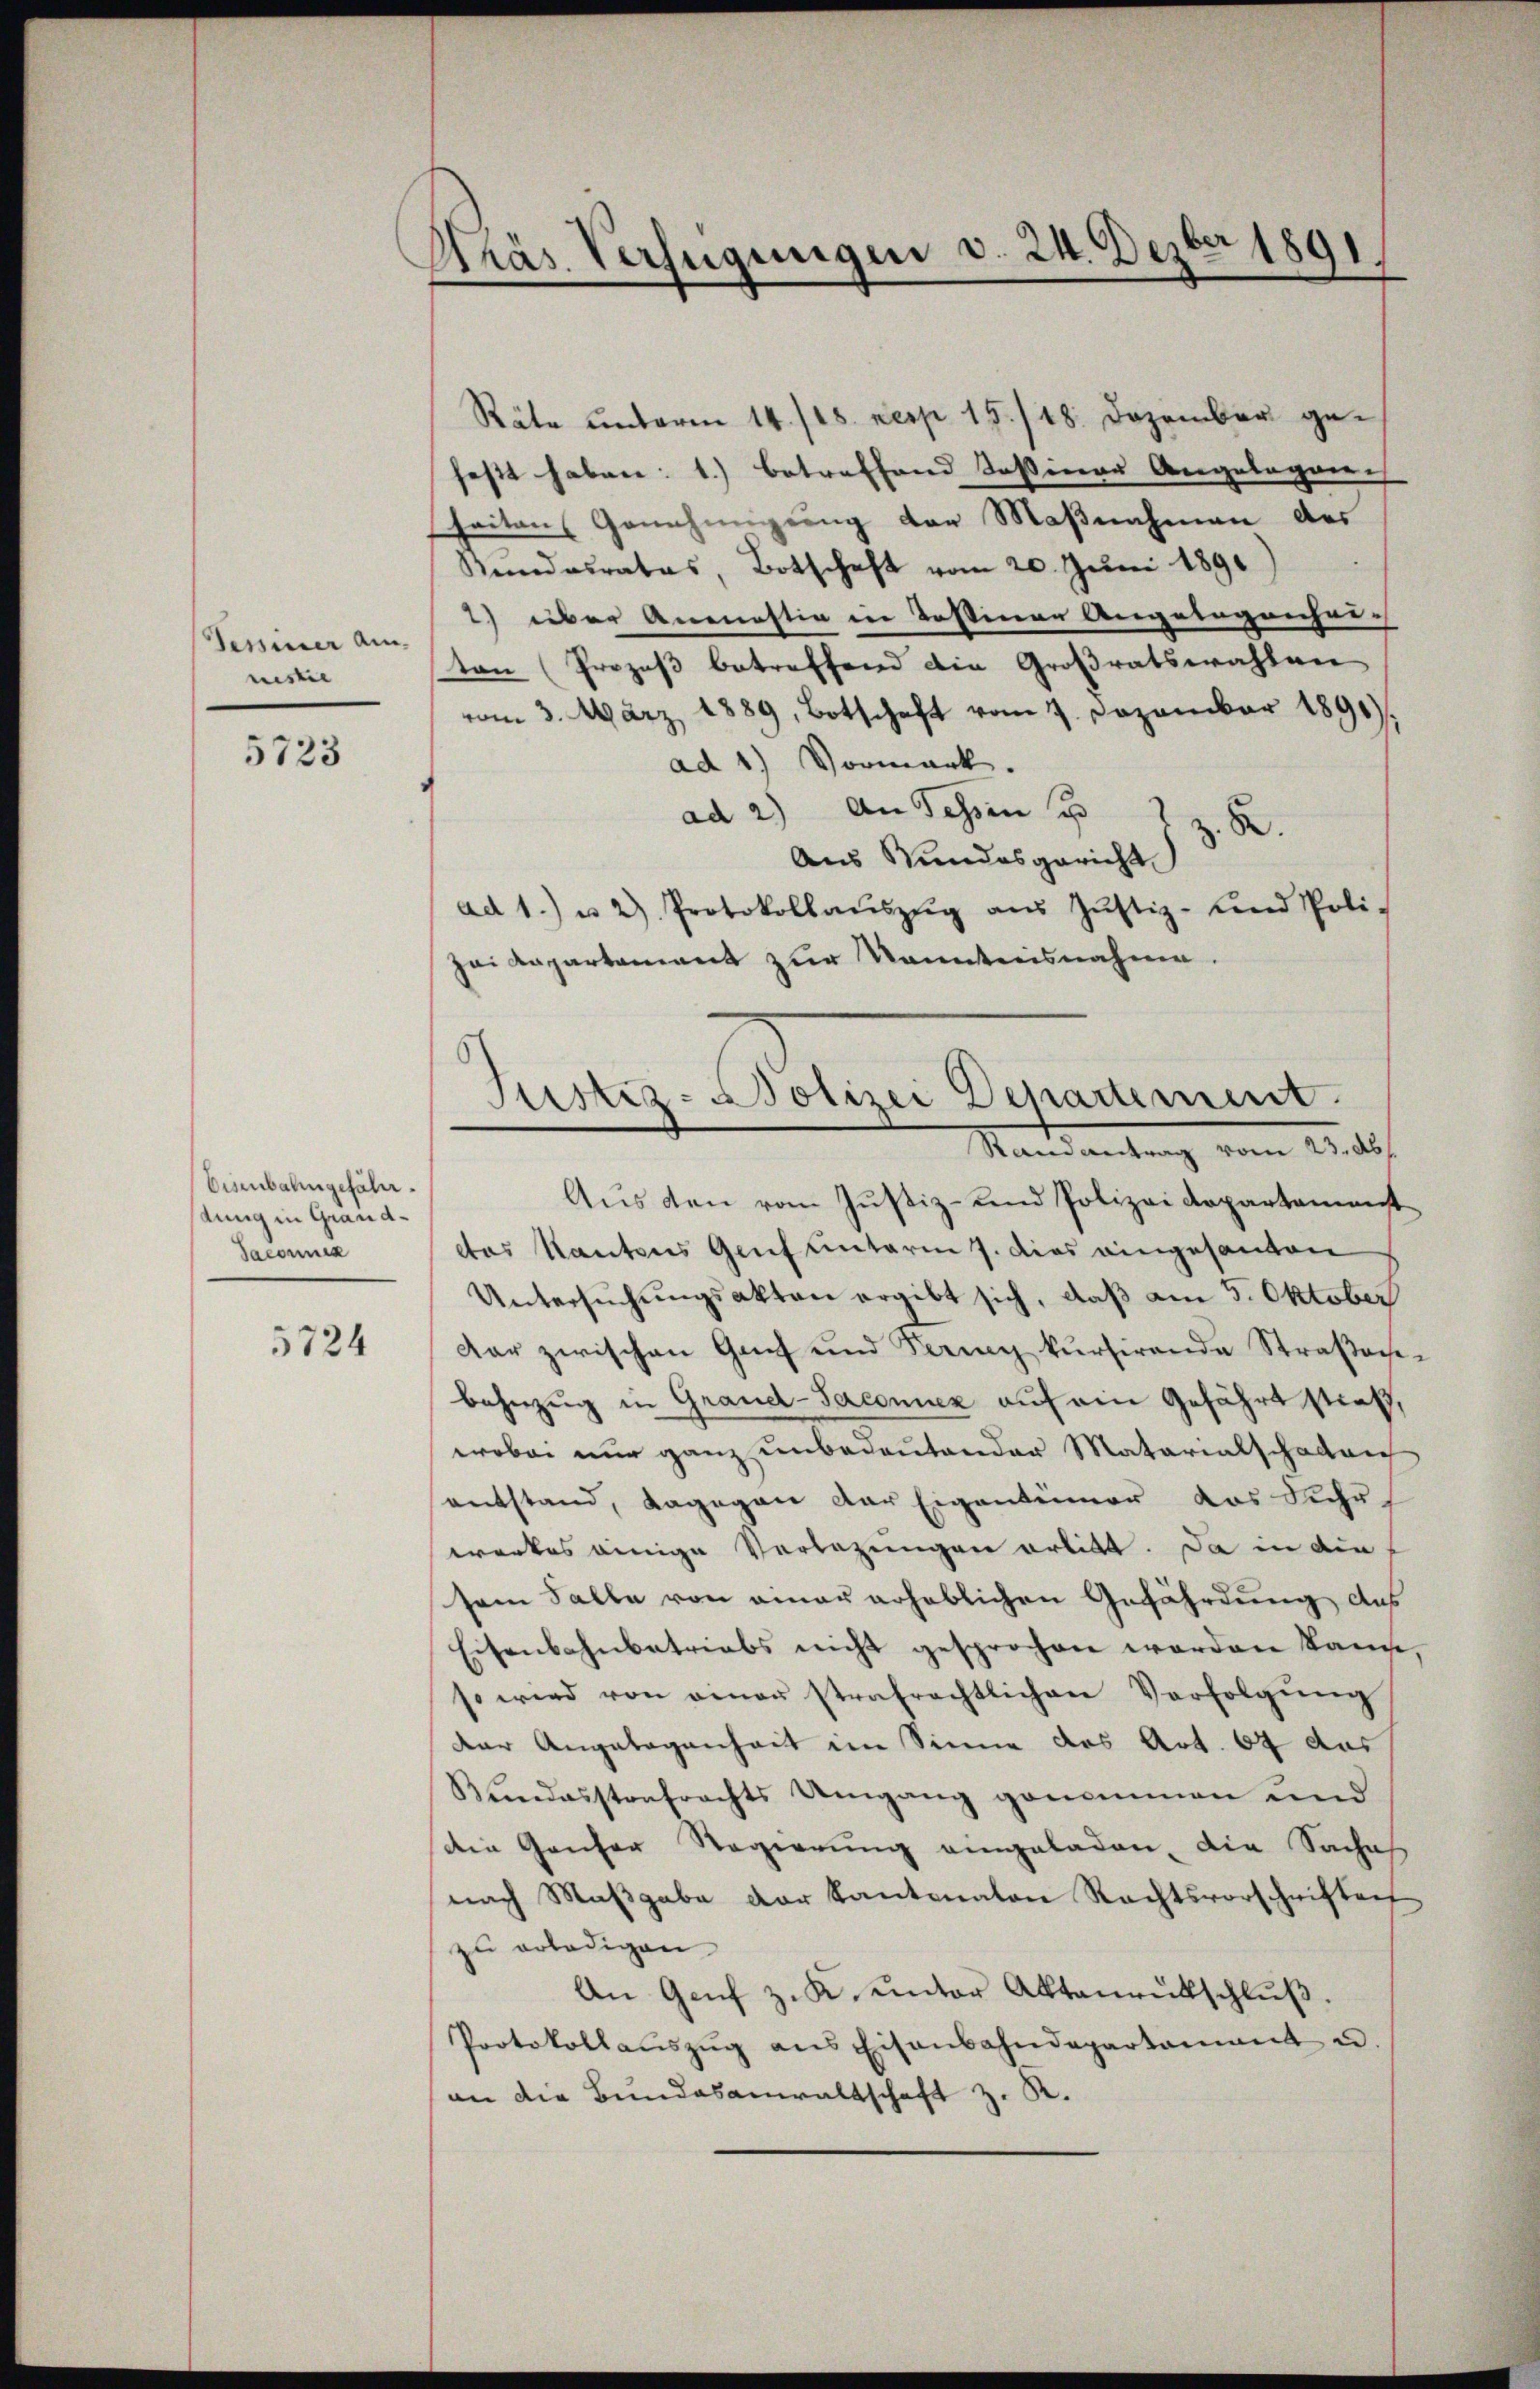
Tessiner Am
mistie

5723

Eisenbahngefährdung in Grand¬
Sacomnes

5724

Präs. Verfügungen d. 24. Dezbr 1891.

Räte unterm 14. /18. resp. 15./18. Dezember gefest haben: 1.) betreffend Teßiner Angelegung
seiten Genehmigung der Maßnahmen des
Kundesrates, Botschaft vom 20. Juni 1891
2) über Anmastia in Testiner Angelegenher-
ton (Prozeß betreffend die Großratswahlen
vom 3. März 1889, Botschaft vom 1. Dezember 1891
ad 1) Vormerk.
ad 2) An Schen u
B.
Aus Stundesgericht
ad 1. u 2) Protokollaŭszŭg aŭs Jŭstiz-Land Poli-
Zei Kapartement zur Kenntnisnahme.
Mandantung vom 2.
Aus den vom Justiz- und Polizei Departamenst
dtes Kantons Genf unterm 7. dies eingesanten
Untersuchungsakten ergibt sich, daß am 5. Oktober
dar zwischen Gant und Ferny kŭrsirende Straβache-
bahnzug in Grand-Saconuez auf ein Gefährt stieß,
wobei nur ganz unbedeutender Materialschaden
entstand, dagegen der Eigentümer das Jahr
werkes einige Verlegungen erlitt. Da in die
sem Falle von einer erheblichen Gefährdung das
Eisenbahnbetriebs nicht gesprochen worden kann,
so wird von einer strafrechtlichen Verfolgŭng
der Angelegenheit im Sinne des Art. 67 aus
Bundesstrafrechts Umgang genommen und
die Ganzer Regierŭng eingeladen, die Saches
nach Maβgabe der Kantonalen Rechtsvorschriften
zu erledigen
An Genf z. K. unter Aktenrutschlŭβ
Protokollaŭszŭg ans Eisenbahndepartamant u
an die Bundesanwaltschaft z. R.

Justiz-Polizei Departement.